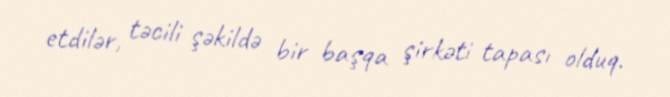
etdilər, təcili şəkildə bir başqa şirkəti tapası olduq.